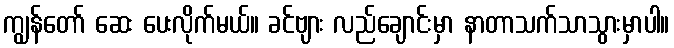
ကျွန်တော် ဆေး ပေးလိုက်မယ်။ ခင်ဗျား လည်ချောင်းမှာ နာတာသက်သာသွားမှာပါ။